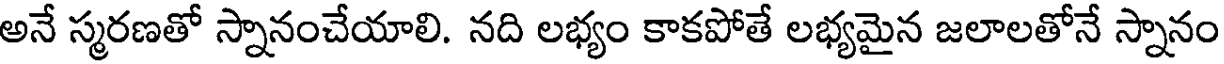
అనే స్మరణతో స్నానంచేయాలి. నది లభ్యం కాకపోతే లభ్యమైన జలాలతోనే స్నానం